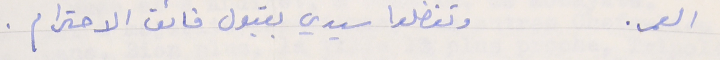
العمر. وتفضلوا سيدي بقبول فائق الاحترام.